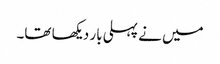
میں نے پہلی بار دیکھا تھا۔